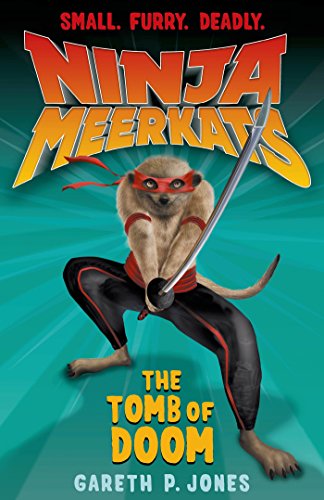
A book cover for Ninja Meerkats (#5): The Tomb of Doom; Gareth P. Jones; Children's Books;